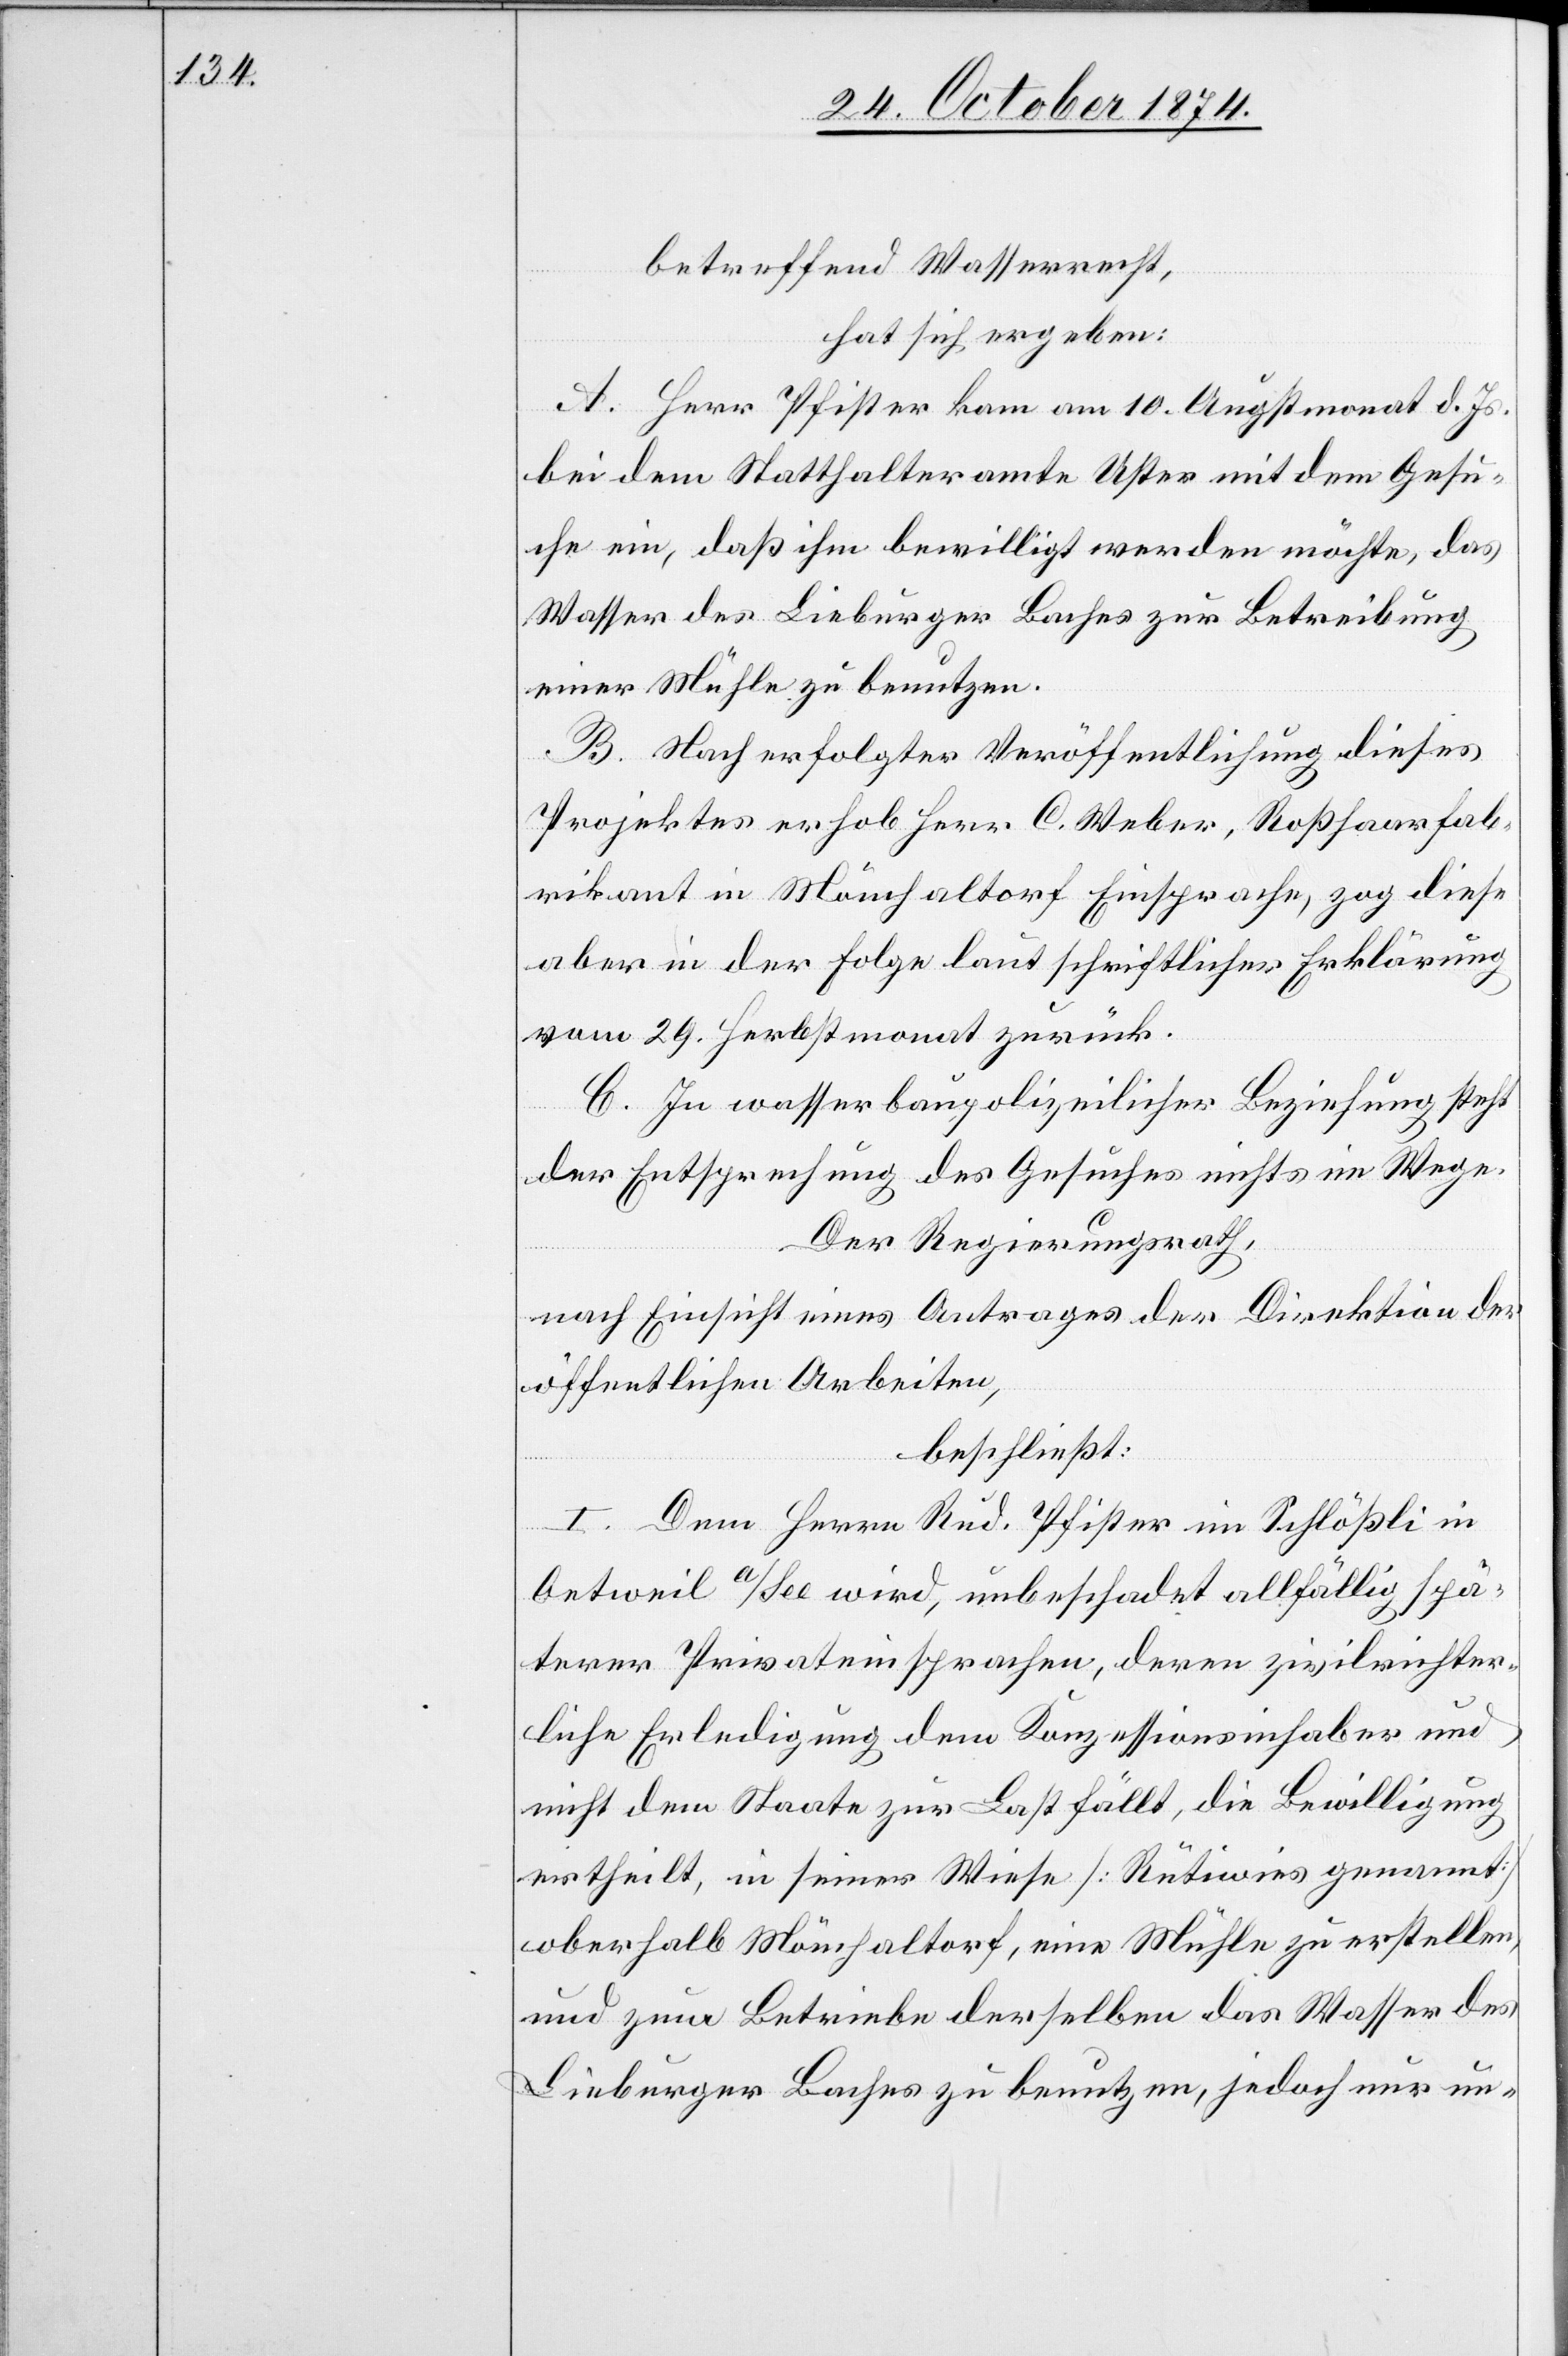
betreffend Wasserrecht:
hat sich ergeben:
A. Herr Pfister kam am 10. Augstmonat d. Js.
bei dem Statthalteramte Uster mit dem Gesu¬
che ein, daß ihm bewilligt werden möchte, das
Wasser des Lieburger Baches zur Betreibung
einer Mühle zu benutzen.
B. Nach erfolgter Veröffentlichung dieses
Projektes erhob Herr C. Weber, Roßhaarfab¬
rikant in Mönchaltorf Einsprache, zog diese
aber in der Folge laut schriftlicher Erklärung
vom 29. Herbstmonat zurück.
C. In wasserbaupolizeilicher Beziehung steht
der Entsprechung des Gesuches nichts im Wege.
Der Regierungsrath,
nach Einsicht eines Antrages der Direktion der
öffentlichen Arbeiten,
beschließt:
I. Dem Herrn Rud. Pfister im Schlößli in
Oetweil a/See wird, unbeschadet allfällig spä¬
terer Privateinsprachen, deren zivilrichter¬
liche Erledigung dem Konzessionsinhaber und
nicht dem Staate zur Last fällt, die Bewilligung
ertheilt, in seiner Wiese [Rütiwies genannt]
oberhalb Mönchaltorf, eine Mühle zu erstellen,
und zum Betriebe derselben das Wasser des
Lieburger Baches zu benutzen, jedoch nur un-